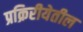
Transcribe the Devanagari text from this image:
प्रक्रिरीयेतील